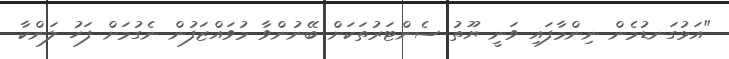
"އަޅުގަނޑުމެން ނިންމާފައި ވަނީ ޔޫތު ސެންޓަރުތަކަށް ބޭނުންވާ މުވައްޒަފުން ނެގުމަށް ފަހު ލަންކާ